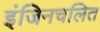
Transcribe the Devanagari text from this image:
इंजिनचलित